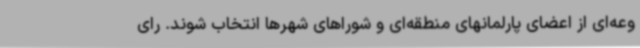
وعه‌ای از اعضای پارلمانهای منطقه‌ای و شوراهای شهرها انتخاب شوند. رای